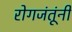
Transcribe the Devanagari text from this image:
रोगजंतूंनी